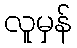
လူမှန်